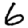
Digit: 6